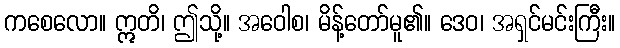
ကစေလော။ ဣတိ၊ ဤသို့။ အဝေါစ၊ မိန့်တော်မူ၏။ ဒေဝ၊ အရှင်မင်းကြီး။